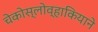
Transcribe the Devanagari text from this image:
चेकोस्लोव्हाकियाने